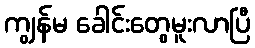
ကျွန်မ ခေါင်းတွေမူးလာပြီ